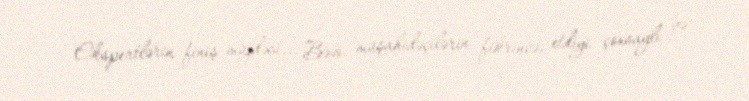
Ekspertlərin finiş müjdəsi... Bəzi müşahidəçilərin fikrincə, etdiyi çoxsaylı və